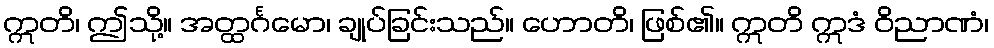
ဣတိ၊ ဤသို့။ အတ္ထင်္ဂမော၊ ချုပ်ခြင်းသည်။ ဟောတိ၊ ဖြစ်၏။ ဣတိ ဣဒံ ဝိညာဏံ၊